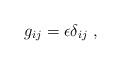
LaTeX: \begin{align*}g_{ij} = \epsilon \delta_{ij}~,\end{align*}